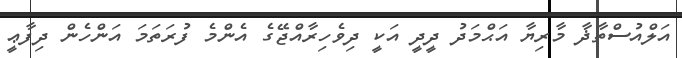
އަލްއުސްތާޛާ މާރިޔާ އަޙްމަދު ދީދީ އަކީ ދިވެހިރާއްޖޭގެ އެންމެ ފުރަތަމަ އަންހެން ދިފާޢީ